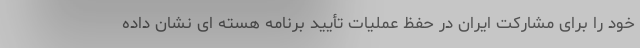
خود را برای مشارکت ایران در حفظ عملیات تأیید برنامه هسته ای نشان داده